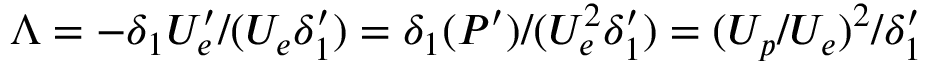
\Lambda = - \delta _ { 1 } U _ { e } ^ { \prime } / ( U _ { e } \delta _ { 1 } ^ { \prime } ) = \delta _ { 1 } ( P ^ { \prime } ) / ( U _ { e } ^ { 2 } \delta _ { 1 } ^ { \prime } ) = ( U _ { p } / U _ { e } ) ^ { 2 } / \delta _ { 1 } ^ { \prime }